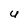
Character: U